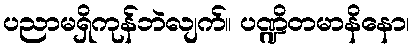
ပညာမရှိကုန်ဘဲလျက်။ ပဏ္ဍိတမာနိနော၊